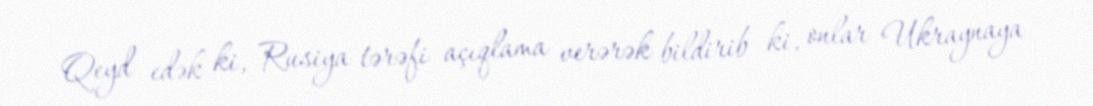
Qeyd edək ki, Rusiya tərəfi açıqlama verərək bildirib ki, onlar Ukraynaya